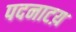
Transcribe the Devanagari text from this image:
पदनाटय़